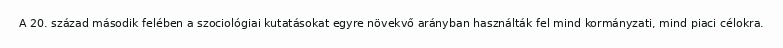
A 20. század második felében a szociológiai kutatásokat egyre növekvő arányban használták fel mind kormányzati, mind piaci célokra.